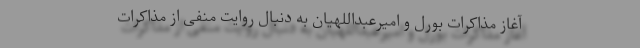
آغاز مذاکرات بورل و امیرعبداللهیان به دنبال روایت منفی از مذاکرات